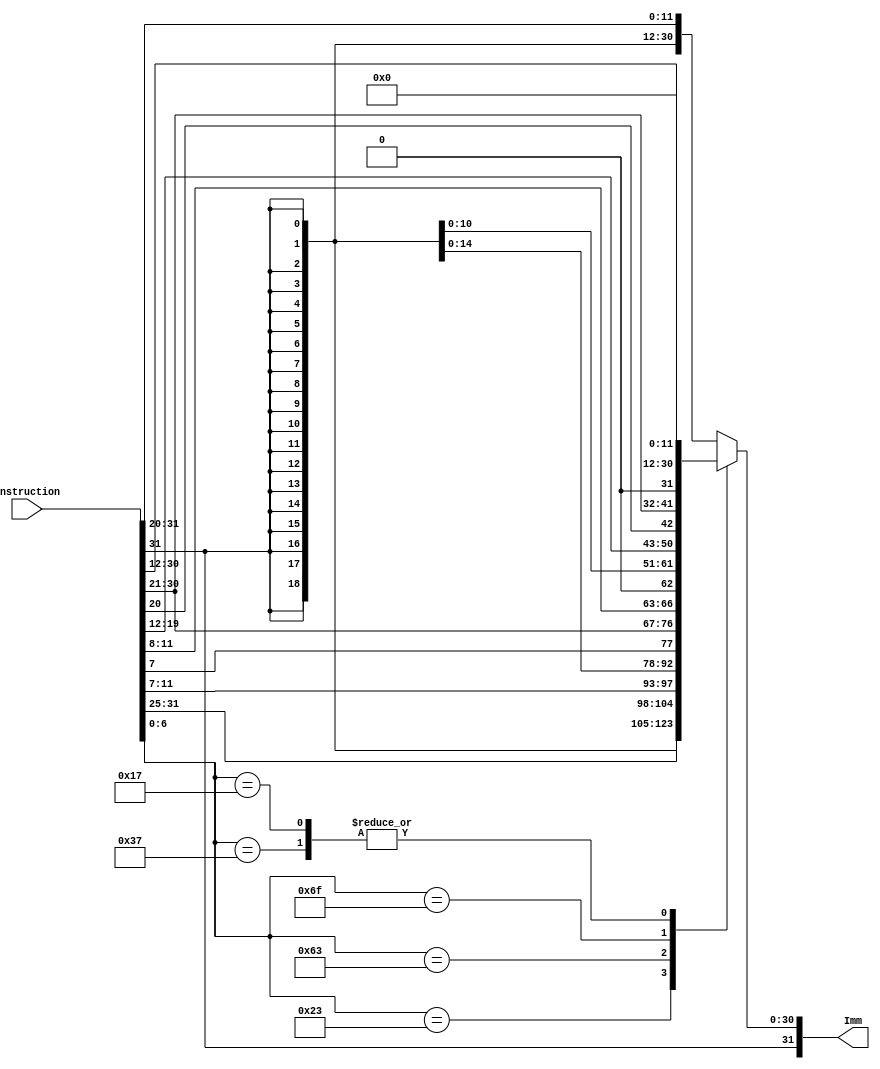
`timescale 1ns / 1ps

module imm(Instruction,Imm);

input [31:0] Instruction;
//input [2:0] op;
output reg [31:0] Imm;

parameter op_arithmetic_I=7'b0010011, //I
          op_store=7'b0100011, //S
          op_cond_branch=7'b1100011, //SB
          op_uncond_jump=7'b1101111, //UJ
          op_load_upper_imm_lui=7'b0110111, //U
          op_load_upper_imm_auipc=7'b0010111;
          

/*wire [11:0] imm_11_0  = Instruction[31:20]; //instruction ierisindeki yeri
wire [19:0] imm_31_12 = Instruction[31:12];
wire imm_20 = Instruction[31];
wire [9:0] imm_10_1 = Instruction [30:21];
wire imm_11_jump = Instruction[20];
wire [7:0] imm_19_12 = Instruction [19:12];
wire imm_12 = Instruction[31];
wire [5:0] imm_10_5 = Instruction[30:25];
wire [3:0] imm_4_1 = Instruction[11:8];
wire  imm_11_branch = Instruction[7];
wire [6:0] imm_11_5 = Instruction[31:25];
wire [4:0] imm_4_0 = Instruction[11:7];*/

wire [6:0] op;

assign op = Instruction[6:0];


always @* begin
    case(op)
        op_arithmetic_I: Imm = {{21{Instruction[31]}},Instruction[30:25],Instruction[24:21],Instruction[20]}; //koffman sy 274, riscv spec sy 17
        op_store: Imm={{21{Instruction[31]}},Instruction[30:25],Instruction[11:8],Instruction[7]};
        op_cond_branch: Imm={{20{Instruction[31]}},Instruction[7],Instruction[30:25],Instruction[24:21],Instruction[11:8],1'b0};
        op_uncond_jump: Imm={{12{Instruction[31]}},Instruction[19:12],Instruction[20],Instruction[30:25],Instruction[24:21],1'b0};
        op_load_upper_imm_lui: Imm={Instruction[31],Instruction[30:20],Instruction[19:12],12'b0};
        op_load_upper_imm_auipc: Imm={Instruction[31],Instruction[30:20],Instruction[19:12],12'b0};
        default: Imm = {{21{Instruction[31]}},Instruction[30:25],Instruction[24:21],Instruction[20]};
    endcase


end





endmodule


//sonuc register' register file'a giderken ya data memoryden gider ya da aludan direkt gider. data mmeoryden gittii zamanlar lw,stor egibi buyruklar geldindedir.